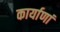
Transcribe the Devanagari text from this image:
कार्याणां